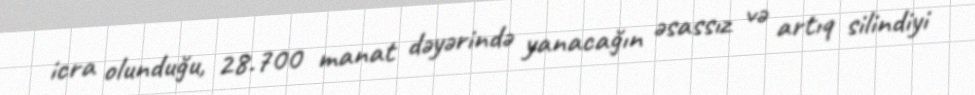
icra olunduğu, 28.700 manat dəyərində yanacağın əsassız və artıq silindiyi